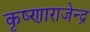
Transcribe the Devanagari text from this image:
कृष्णाराजेन्द्र